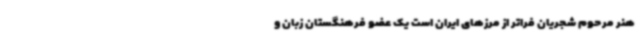
هنر مرحوم شجریان فراتر از مرزهای ایران است یک عضو فرهنگستان زبان و